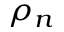
\rho _ { n }